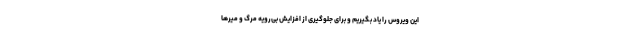
این ویروس را یاد بگیریم و برای جلوگیری از افزایش بی‌رویه مرگ و میرها